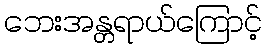
ဘေးအန္တရာယ်ကြောင့်